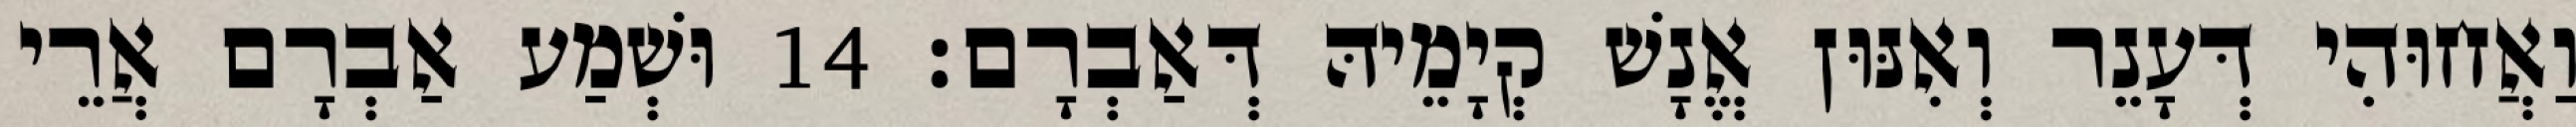
וַאֲחוּהִי דְּעָנֵר וְאִנּוּן אֱנָשׁ קְיָמֵיהּ דְּאַבְרָם׃ 14 וּשְׁמַע אַבְרָם אֲרֵי